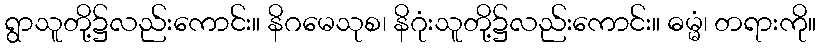
ရွာသူတို့၌လည်းကောင်း။ နိဂမေသုစ၊ နိဂုံးသူတို့၌လည်းကောင်း။ ဓမ္မံ၊ တရားကို။